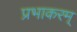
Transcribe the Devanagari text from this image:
प्रभाकरम्